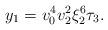
LaTeX: \begin{align*} y_1 = v_0^4 v_2^2 \xi_2^6 \tau_3.\end{align*}